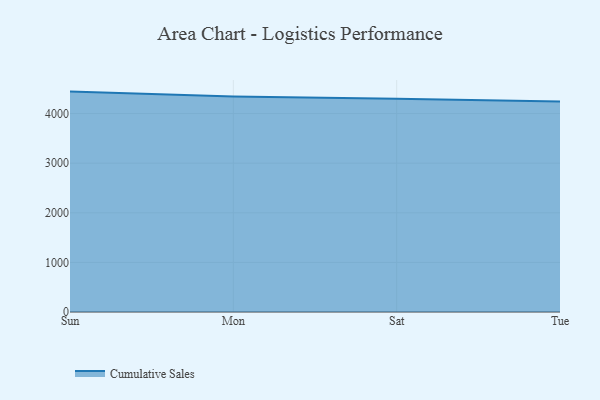
{"axis": {"x": "Day", "y": "LTV (USD)"}, "legend": ["Cumulative Sales"], "data": [{"x": "Sun", "y": 4442.8, "type": "Cumulative Sales"}, {"x": "Mon", "y": 4345.9, "type": "Cumulative Sales"}, {"x": "Sat", "y": 4298.8, "type": "Cumulative Sales"}, {"x": "Tue", "y": 4244.7, "type": "Cumulative Sales"}]}